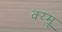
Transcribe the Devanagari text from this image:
क्य्म्रू